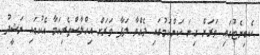
ކެބިނެޓުގައި ވަރަށް ގިނަ ކަންކަމުގައި ދެއްވާ ލަފާ ވަރަށް އިހްލާސްތެރިކަމާ އެކުގައި ނަޝީދު